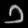
Digit: ၁